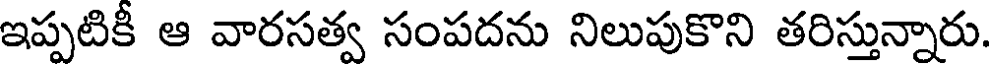
ఇప్పటికీ ఆ వారసత్వ సంపదను నిలుపుకొని తరిస్తున్నారు.